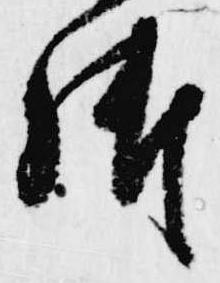
御